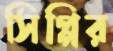
সিপ্পির